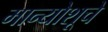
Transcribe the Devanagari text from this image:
मान्योशूचे